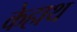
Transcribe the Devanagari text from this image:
केहाथ